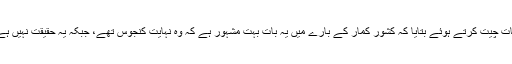
مسٹر دھیمان نے یو این آئی سے بات چیت کرتے ہوئے بتایا کہ کشور کمار کے بارے میں یہ بات بہت مشہور ہے کہ وہ نہایت کنجوس تھے، جبکہ یہ حقیقت نہیں ہے وہ اصل میں دریا دل انسان تھے۔